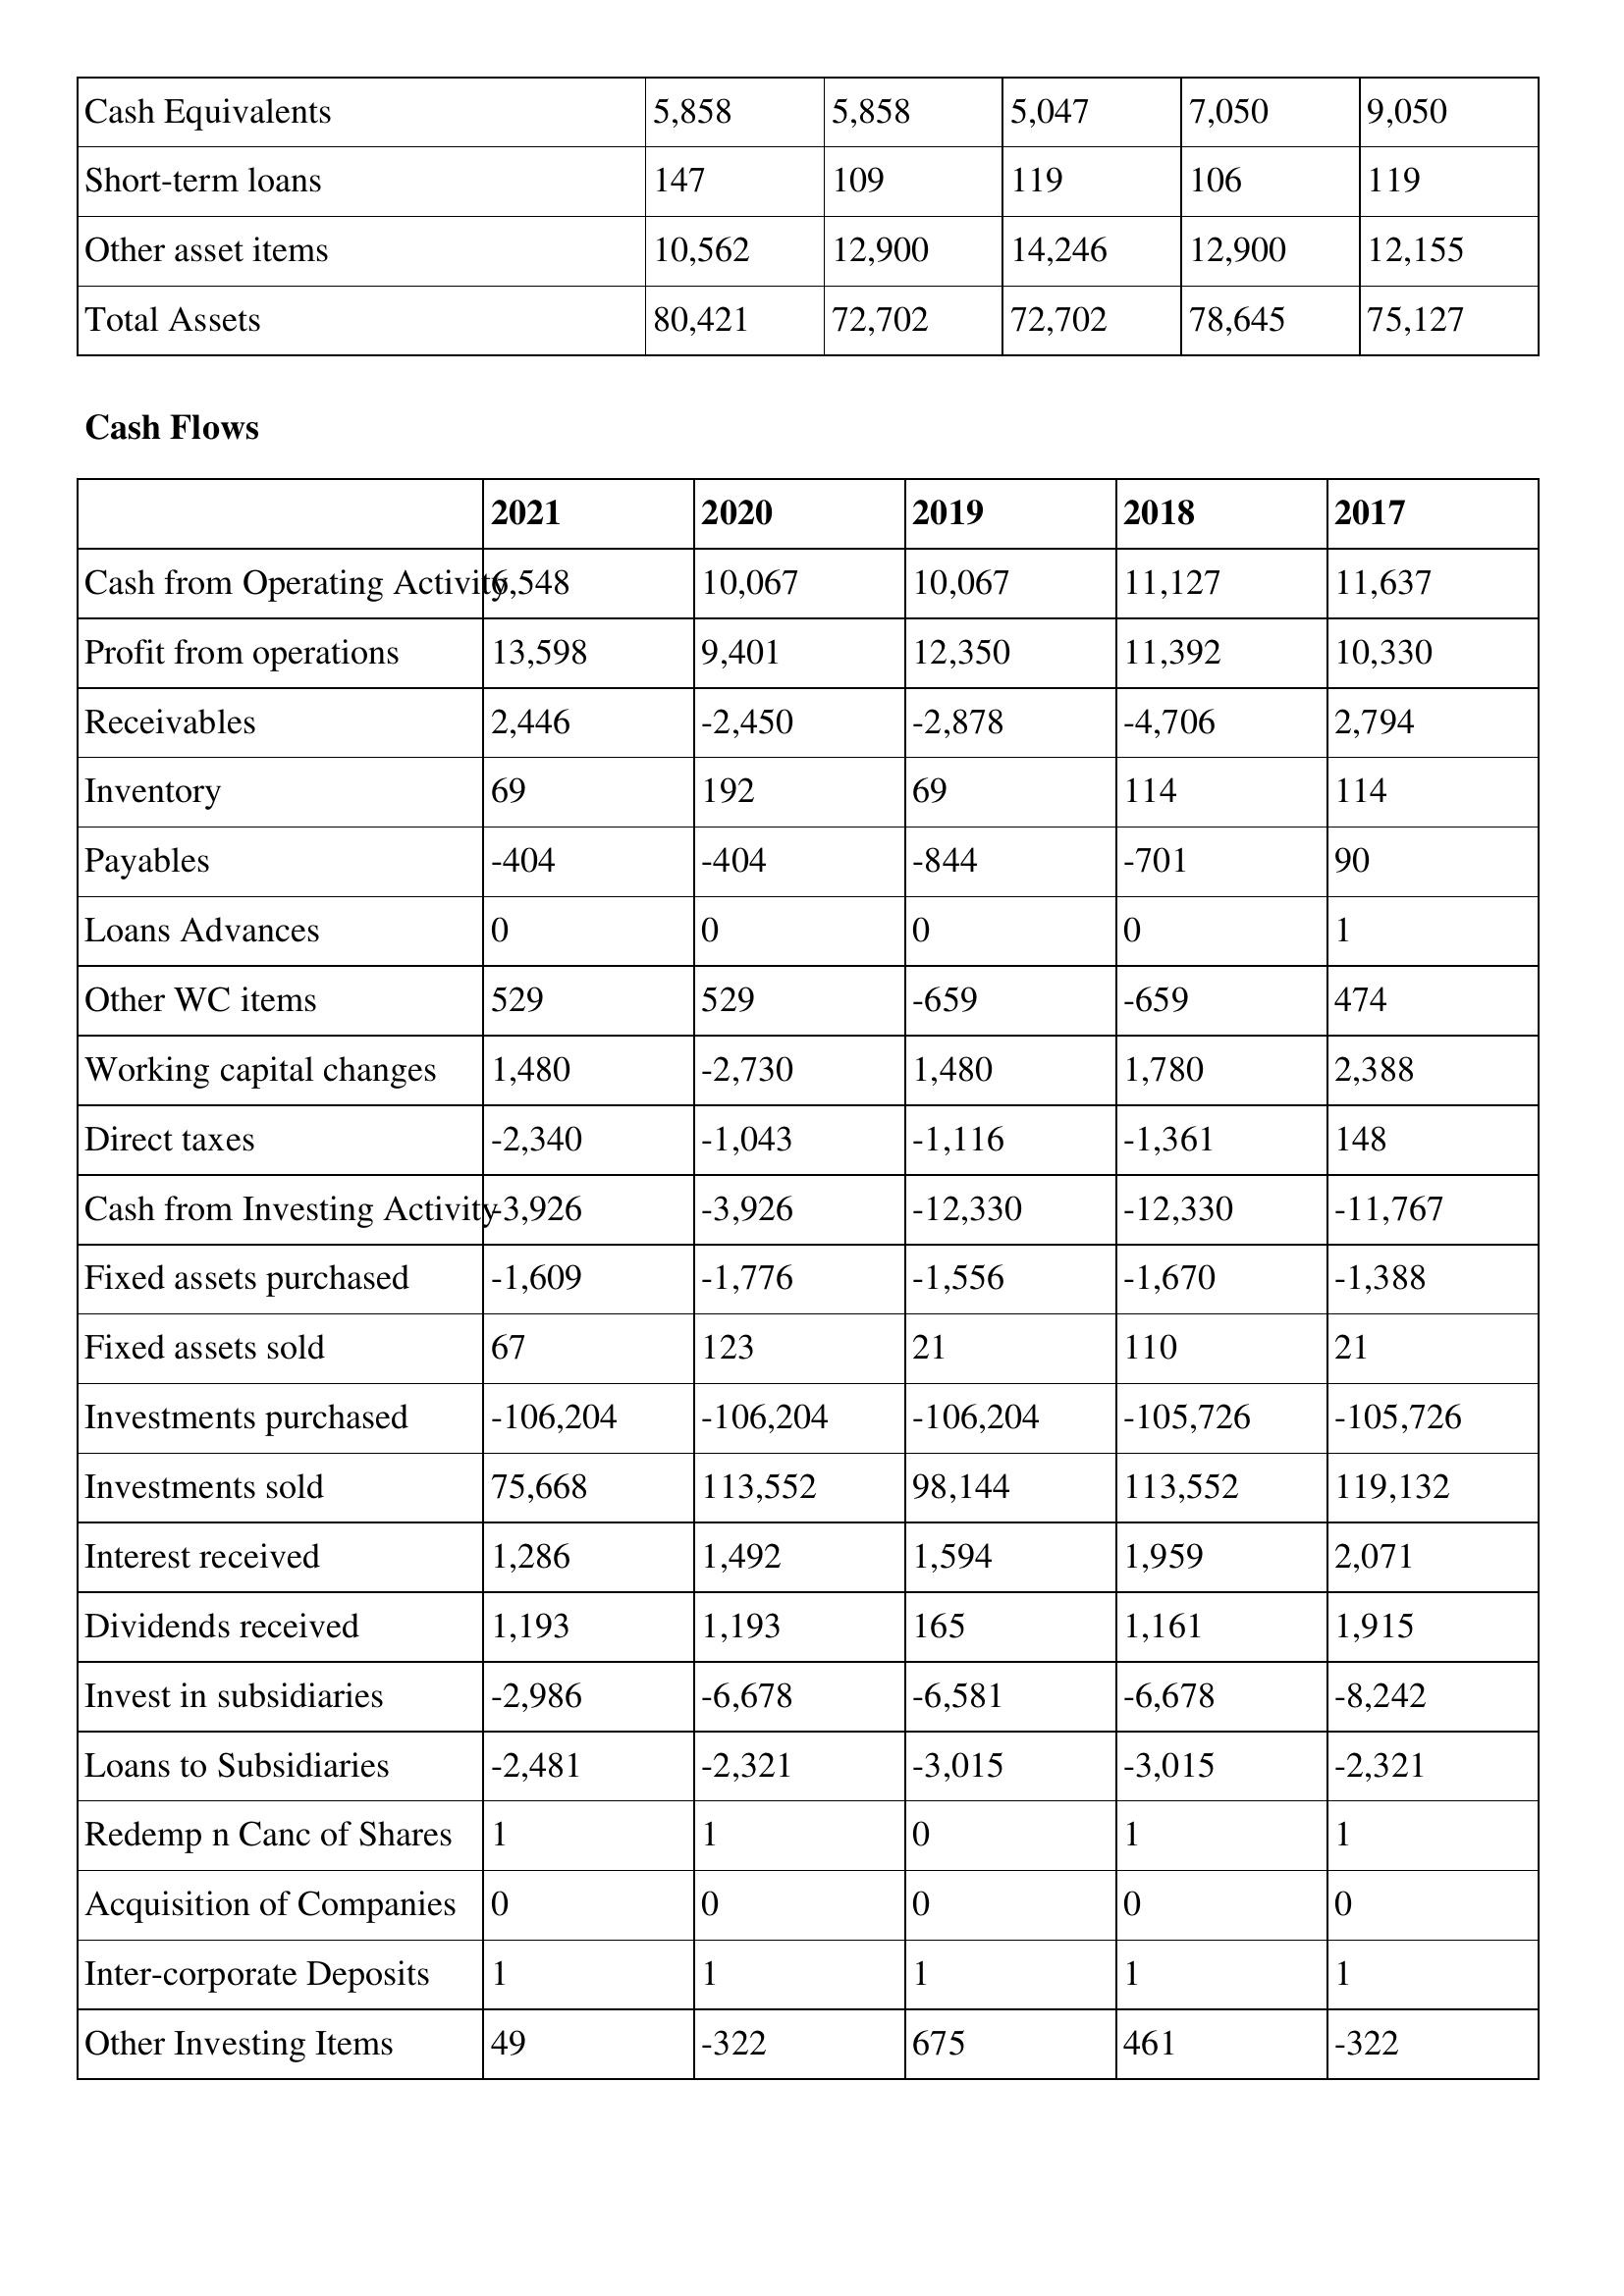
gt_parse: 2021: Balance Sheet: Cash Equivalents: 5,858
Short-term loans: 147
Other asset items: 10,562
Total Assets: 80,421
Cash Flows: Cash from Operating Activity: 6,548
Profit from operations: 13,598
Receivables: 2,446
Inventory: 69
Payables: -404
Loans Advances: 0
Other WC items: 529
Working capital changes: 1,480
Direct taxes: -2,340
Cash from Investing Activity: -3,926
Fixed assets purchased: -1,609
Fixed assets sold: 67
Investments purchased: -106,204
Investments sold: 75,668
Interest received: 1,286
Dividends received: 1,193
Invest in subsidiaries: -2,986
Loans to Subsidiaries: -2,481
Redemp n Canc of Shares: 1
Acquisition of Companies: 0
Inter-corporate Deposits: 1
Other Investing Items: 49
2020: Balance Sheet: Cash Equivalents: 5,858
Short-term loans: 109
Other asset items: 12,900
Total Assets: 72,702
Cash Flows: Cash from Operating Activity: 10,067
Profit from operations: 9,401
Receivables: -2,450
Inventory: 192
Payables: -404
Loans Advances: 0
Other WC items: 529
Working capital changes: -2,730
Direct taxes: -1,043
Cash from Investing Activity: -3,926
Fixed assets purchased: -1,776
Fixed assets sold: 123
Investments purchased: -106,204
Investments sold: 113,552
Interest received: 1,492
Dividends received: 1,193
Invest in subsidiaries: -6,678
Loans to Subsidiaries: -2,321
Redemp n Canc of Shares: 1
Acquisition of Companies: 0
Inter-corporate Deposits: 1
Other Investing Items: -322
2019: Balance Sheet: Cash Equivalents: 5,047
Short-term loans: 119
Other asset items: 14,246
Total Assets: 72,702
Cash Flows: Cash from Operating Activity: 10,067
Profit from operations: 12,350
Receivables: -2,878
Inventory: 69
Payables: -844
Loans Advances: 0
Other WC items: -659
Working capital changes: 1,480
Direct taxes: -1,116
Cash from Investing Activity: -12,330
Fixed assets purchased: -1,556
Fixed assets sold: 21
Investments purchased: -106,204
Investments sold: 98,144
Interest received: 1,594
Dividends received: 165
Invest in subsidiaries: -6,581
Loans to Subsidiaries: -3,015
Redemp n Canc of Shares: 0
Acquisition of Companies: 0
Inter-corporate Deposits: 1
Other Investing Items: 675
2018: Balance Sheet: Cash Equivalents: 7,050
Short-term loans: 106
Other asset items: 12,900
Total Assets: 78,645
Cash Flows: Cash from Operating Activity: 11,127
Profit from operations: 11,392
Receivables: -4,706
Inventory: 114
Payables: -701
Loans Advances: 0
Other WC items: -659
Working capital changes: 1,780
Direct taxes: -1,361
Cash from Investing Activity: -12,330
Fixed assets purchased: -1,670
Fixed assets sold: 110
Investments purchased: -105,726
Investments sold: 113,552
Interest received: 1,959
Dividends received: 1,161
Invest in subsidiaries: -6,678
Loans to Subsidiaries: -3,015
Redemp n Canc of Shares: 1
Acquisition of Companies: 0
Inter-corporate Deposits: 1
Other Investing Items: 461
2017: Balance Sheet: Cash Equivalents: 9,050
Short-term loans: 119
Other asset items: 12,155
Total Assets: 75,127
Cash Flows: Cash from Operating Activity: 11,637
Profit from operations: 10,330
Receivables: 2,794
Inventory: 114
Payables: 90
Loans Advances: 1
Other WC items: 474
Working capital changes: 2,388
Direct taxes: 148
Cash from Investing Activity: -11,767
Fixed assets purchased: -1,388
Fixed assets sold: 21
Investments purchased: -105,726
Investments sold: 119,132
Interest received: 2,071
Dividends received: 1,915
Invest in subsidiaries: -8,242
Loans to Subsidiaries: -2,321
Redemp n Canc of Shares: 1
Acquisition of Companies: 0
Inter-corporate Deposits: 1
Other Investing Items: -322